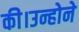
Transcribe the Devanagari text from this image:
की।उन्होने